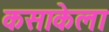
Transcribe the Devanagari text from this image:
कसाकेला